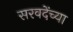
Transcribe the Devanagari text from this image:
सरवदेंच्या